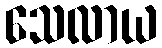
သေလာယ